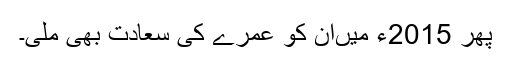
پھر 2015ء میںان کو عمرے کی سعادت بھی ملی۔